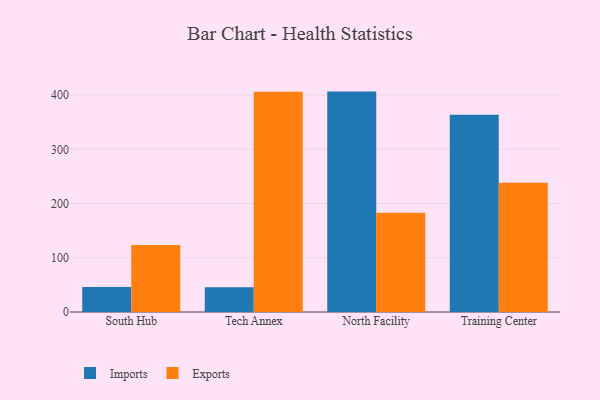
{"axis": {"x": "Campus", "y": "Gross Profit (USD K)"}, "legend": ["Exports", "Imports"], "data": [{"x": "South Hub", "y": 46.1, "type": "Imports"}, {"x": "South Hub", "y": 123.7, "type": "Exports"}, {"x": "Tech Annex", "y": 45.5, "type": "Imports"}, {"x": "Tech Annex", "y": 406.0, "type": "Exports"}, {"x": "North Facility", "y": 406.4, "type": "Imports"}, {"x": "North Facility", "y": 183.0, "type": "Exports"}, {"x": "Training Center", "y": 363.9, "type": "Imports"}, {"x": "Training Center", "y": 238.2, "type": "Exports"}]}